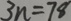
3 n = 7 8